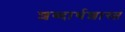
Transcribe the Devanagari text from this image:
शब्दार्थशास्त्र